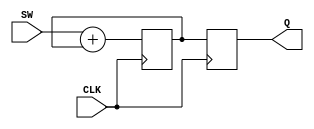
module addr_reg(SW, Q, CLK);

	input CLK;
	input [9:0] SW;
	output [9:0] Q;
	reg [9:0] Q;
	reg [9:0] D;
	
	initial Q = 10'b0;
	always@(posedge CLK)begin
		Q[9:0] = D[9:0];
		D[9:0] = SW[9:0] + Q[9:0];		
	end
endmodule